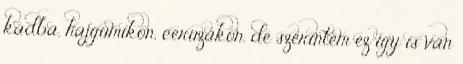
kádba, hajgumikon, ceruzákon. de szerintem ez így is van